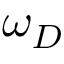
\omega _ { D }